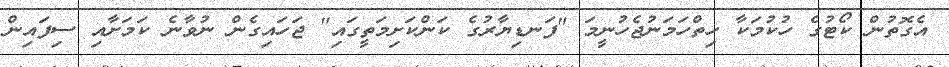
އެގޮތުން ކޯޓުގެ ހުކުމަކާ ހިތްހަމަނުޖެހުނީމަ "ފަނޑިޔާރުގެ ކަންކަށިމަތީގައި" ޖަހައިގެން ނުވާނެ ކަމަށާއި ސިފައިން